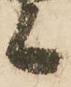
候